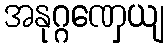
အနုဂ္ဂဏှေယျ